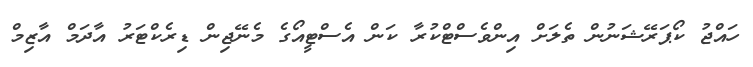
ހައްޖު ކޯޕަރޭޝަނުން ތެލަށް އިންވެސްޓްކުރާ ކަން އެސްޓީއޯގެ މެނޭޖިން ޑިރެކްޓަރު އާދަމް އާޒިމް